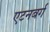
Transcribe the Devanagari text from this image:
एटनबर्ग